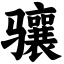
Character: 骧